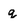
Character: q